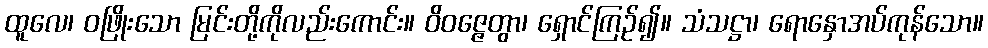
ထူလေ၊ ဝဖြိုးသော မြင်းတို့ကိုလည်းကောင်း။ ဝိဝဇ္ဇေတွာ၊ ရှောင်ကြဉ်၍။ သံသဋ္ဌာ၊ ရောနှောအပ်ကုန်သော။